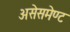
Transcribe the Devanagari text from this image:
असेसमेण्ट